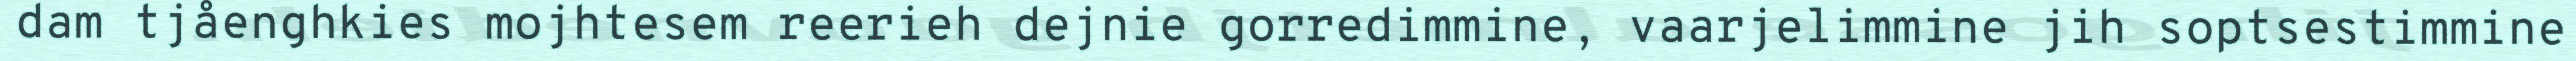
dam tjåenghkies mojhtesem reerieh dejnie gorredimmine, vaarjelimmine jih soptsestimmine